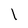
Character: 1